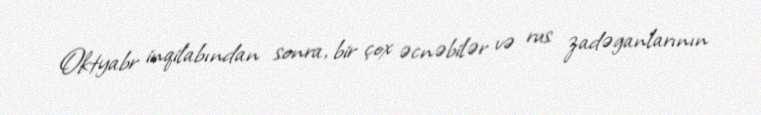
Oktyabr inqilabından sonra, bir çox əcnəbilər və rus zadəganlarının